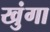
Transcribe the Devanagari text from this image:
खुंगा